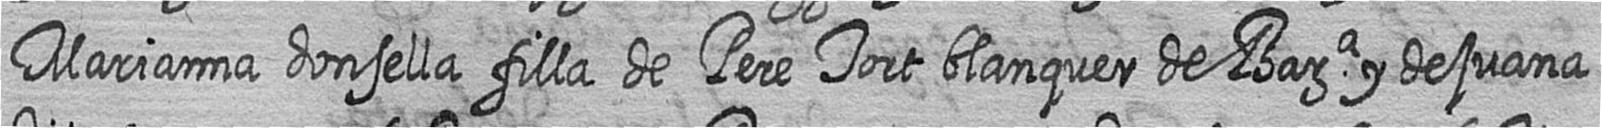
Marianna donsella filla de Pere Tort blanquer de Bara y de juana